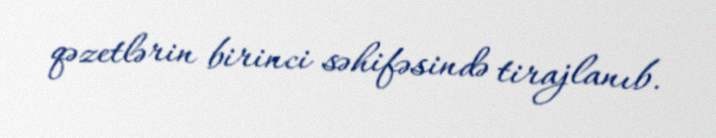
qəzetlərin birinci səhifəsində tirajlanıb.